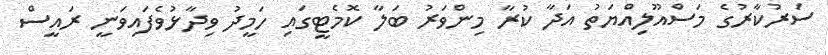
ސަރުކާރުގެ މަސްއޫލިއްޔަތު އަދާ ކުރާ މިންވަރު ބަލާ ކޮމެޓީގައި ހަމީދު ވިދާޅުވެފައިވަނީ ރައީސް